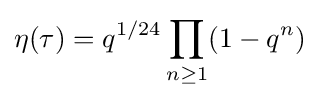
\eta (\tau )=q^{1/24}\prod _{n\geq 1}(1-q^{n})